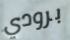
برودي